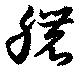
穠